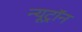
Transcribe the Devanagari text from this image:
न्यूट्राॅन